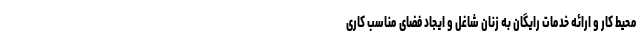
محیط کار و ارائه خدمات رایگان به زنان شاغل و ایجاد فضای مناسب کاری